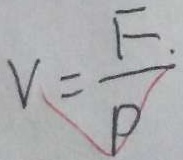
V = \frac { F } { p }